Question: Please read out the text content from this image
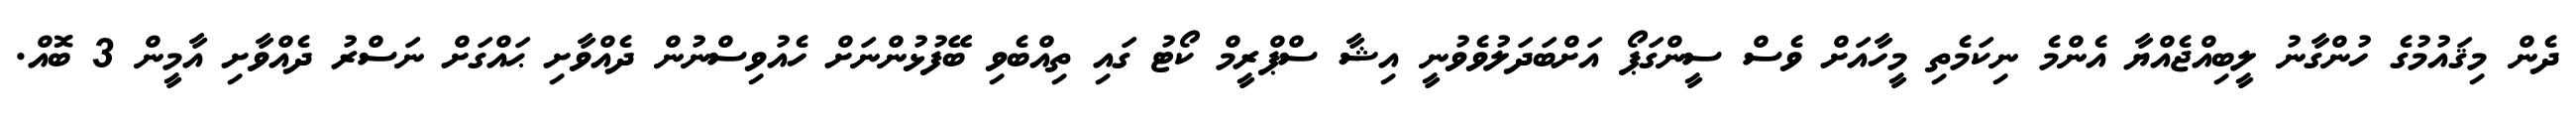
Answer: ދެން މިޤައުމުގެ ހުންގާނު ލީބިއްޖެއްޔާ އެންމެ ނިކަމެތި މީހާއަށް ވެސް ސީންގަޕޯ އަށްބަދަލުވެވުނީ އިޝާ ސްޕްރީމް ކޯޓު ގައި ތިއްބެވި ބޭފުޅުންނަށް ހެއުވިސްނުން ދެއްވާށި ޙައްގަށް ނަސްރު ދެއްވާށި އާމީން 3 ބޮއް.